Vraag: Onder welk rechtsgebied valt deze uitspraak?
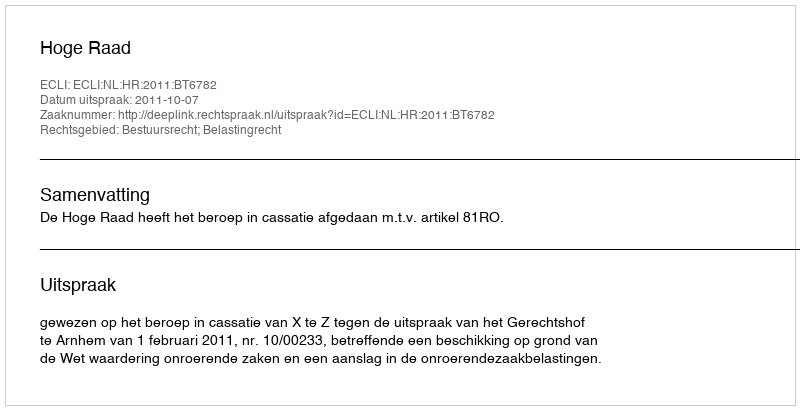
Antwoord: Bestuursrecht; Belastingrecht